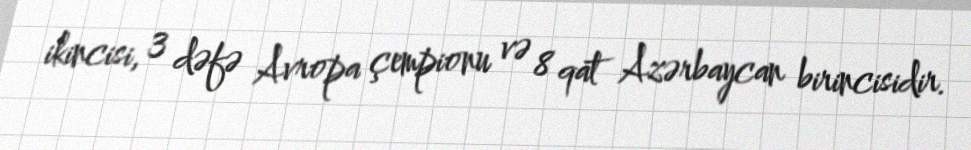
ikincisi, 3 dəfə Avropa çempionu və 8 qat Azərbaycan birincisidir.